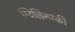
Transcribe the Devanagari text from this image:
स्टिलिनस्की